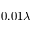
0 . 0 1 \lambda